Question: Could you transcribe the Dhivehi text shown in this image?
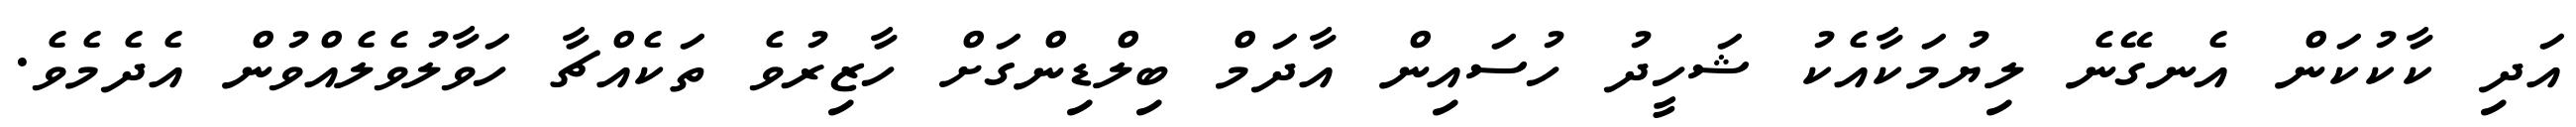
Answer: އަދި ކާކުކަން އެނގޭނެ ލިޔުމަކާއެކު ޝަހީދު ހުސައިން އާދަމް ބިލްޑިންގަށް ހާޒިރުވެ ތަކެއްޗާ ހަވާލުވެލެއްވުން އެދެމެވެ.